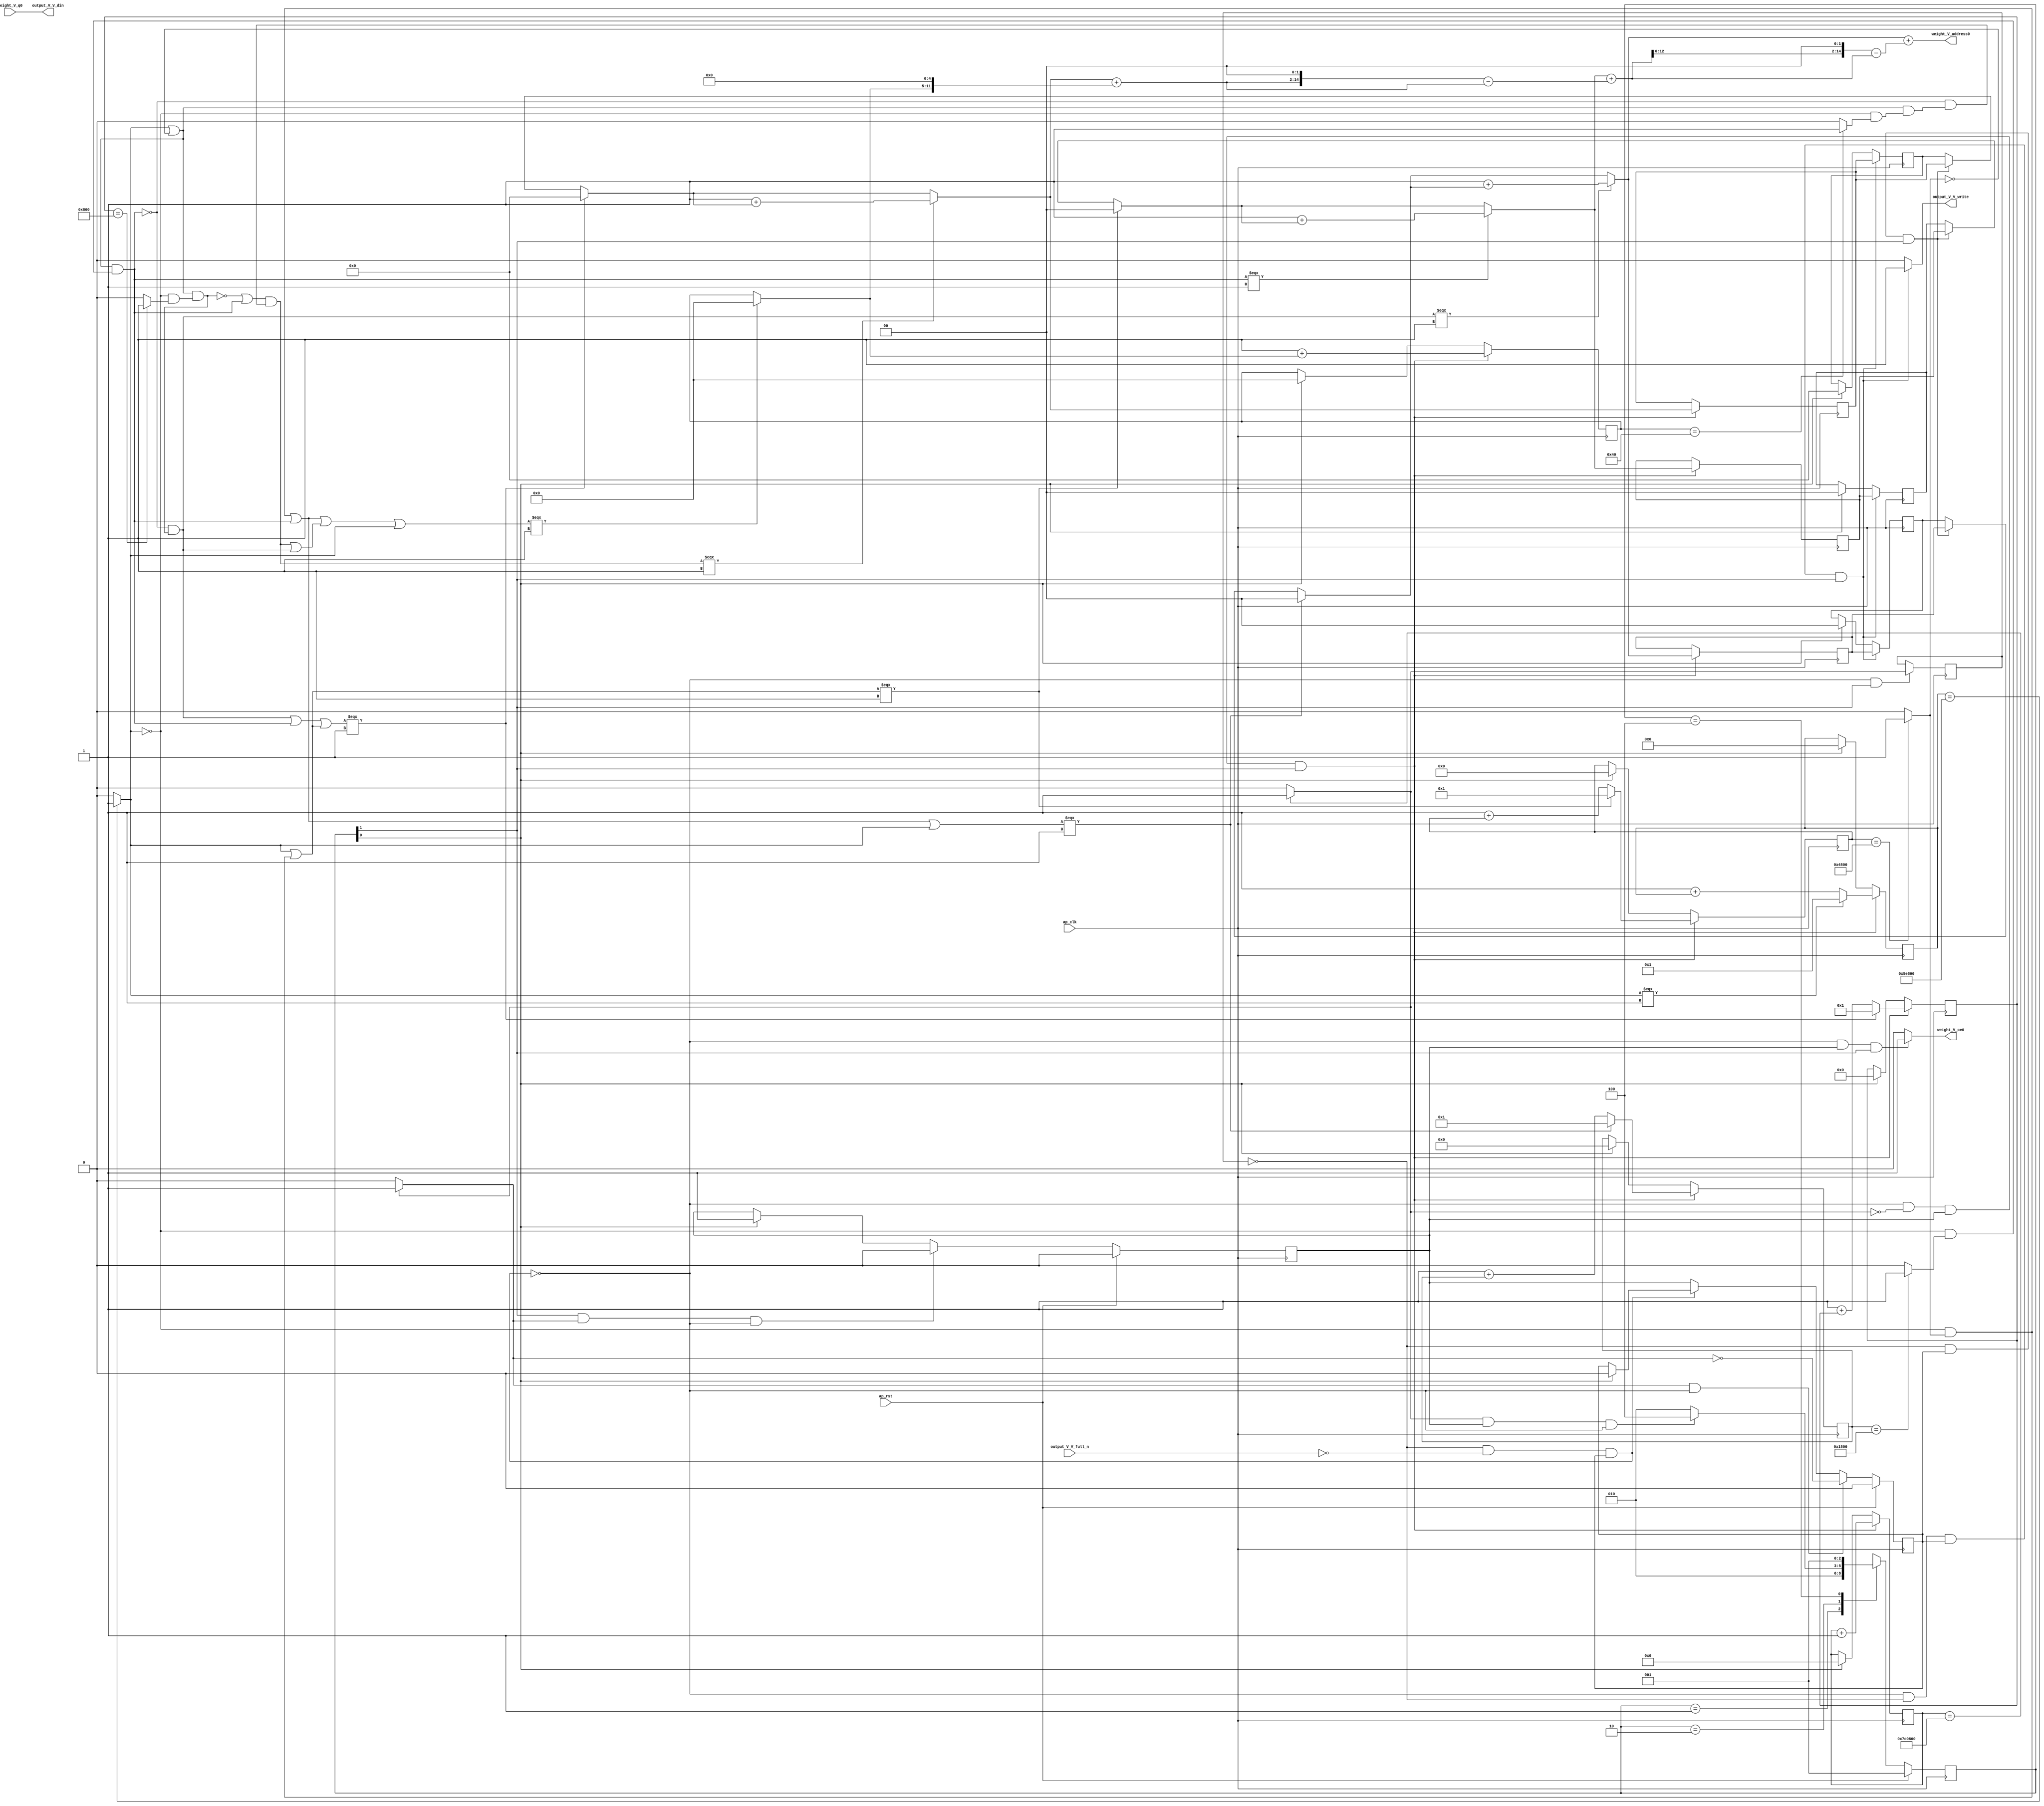
// ==============================================================
// RTL generated by Vivado(TM) HLS - High-Level Synthesis from C, C++ and SystemC
// Version: 2017.4
// Copyright (C) 1986-2017 Xilinx, Inc. All Rights Reserved.
// 
// ===========================================================

`timescale 1 ns / 1 ps 

(* CORE_GENERATION_INFO="weight_s_19,hls_ip_2017_4,{HLS_INPUT_TYPE=cxx,HLS_INPUT_FLOAT=0,HLS_INPUT_FIXED=1,HLS_INPUT_PART=xczu9eg-ffvb1156-2-e,HLS_INPUT_CLOCK=10.000000,HLS_INPUT_ARCH=others,HLS_SYN_CLOCK=8.345250,HLS_SYN_LAT=8128514,HLS_SYN_TPT=none,HLS_SYN_MEM=0,HLS_SYN_DSP=0,HLS_SYN_FF=118,HLS_SYN_LUT=836}" *)

module weight_s_19 (
        ap_clk,
        ap_rst,
        output_V_V_din,
        output_V_V_full_n,
        output_V_V_write,
        weight_V_address0,
        weight_V_ce0,
        weight_V_q0
);

parameter    ap_ST_fsm_state1 = 3'd1;
parameter    ap_ST_fsm_pp0_stage0 = 3'd2;
parameter    ap_ST_fsm_state4 = 3'd4;

input   ap_clk;
input   ap_rst;
output  [7:0] output_V_V_din;
input   output_V_V_full_n;
output   output_V_V_write;
output  [14:0] weight_V_address0;
output   weight_V_ce0;
input  [7:0] weight_V_q0;

reg output_V_V_write;
reg weight_V_ce0;

reg    output_V_V_blk_n;
(* fsm_encoding = "none" *) reg   [2:0] ap_CS_fsm;
wire    ap_CS_fsm_pp0_stage0;
reg    ap_enable_reg_pp0_iter1;
wire    ap_block_pp0_stage0;
reg   [0:0] exitcond_flatten4_reg_642;
reg   [22:0] indvar_flatten1_reg_130;
reg   [19:0] indvar_flatten2_reg_141;
reg   [14:0] indvar_flatten3_reg_152;
reg   [1:0] hkern_reg_163;
reg   [13:0] indvar_flatten4_reg_174;
reg   [1:0] wkern_reg_185;
reg   [12:0] indvar_flatten_reg_196;
reg   [5:0] pkern_reg_207;
reg   [6:0] pout_reg_218;
wire   [0:0] exitcond_flatten4_fu_229_p2;
wire    ap_block_state2_pp0_stage0_iter0;
reg    ap_block_state3_pp0_stage0_iter1;
reg    ap_block_pp0_stage0_11001;
wire   [22:0] indvar_flatten_next4_fu_235_p2;
reg    ap_enable_reg_pp0_iter0;
wire   [1:0] tmp_mid2_fu_371_p3;
reg   [1:0] tmp_mid2_reg_651;
wire   [1:0] tmp_2_mid2_fu_427_p3;
reg   [1:0] tmp_2_mid2_reg_656;
wire   [5:0] tmp_4_mid2_fu_489_p3;
reg   [5:0] tmp_4_mid2_reg_661;
wire   [6:0] pout_1_fu_580_p2;
wire   [12:0] indvar_flatten_next_fu_592_p3;
wire   [13:0] indvar_flatten_next1_fu_606_p3;
wire   [14:0] indvar_flatten_next2_fu_620_p3;
wire   [19:0] indvar_flatten_next3_fu_634_p3;
wire    ap_CS_fsm_state1;
reg    ap_block_pp0_stage0_subdone;
reg    ap_condition_pp0_exit_iter0_state2;
reg   [1:0] ap_phi_mux_hkern_phi_fu_167_p4;
reg   [1:0] ap_phi_mux_wkern_phi_fu_189_p4;
reg   [5:0] ap_phi_mux_pkern_phi_fu_211_p4;
wire   [63:0] tmp_22_cast_fu_575_p1;
reg    ap_block_pp0_stage0_01001;
wire   [0:0] exitcond_flatten_fu_241_p2;
wire   [0:0] exitcond_fu_253_p2;
wire   [0:0] not_exitcond_flatten_fu_247_p2;
wire   [0:0] exitcond_flatten1_fu_265_p2;
wire   [0:0] exitcond_flatten2_fu_277_p2;
wire   [0:0] exitcond_flatten3_fu_289_p2;
wire   [0:0] exitcond_flatten39_m_fu_295_p2;
wire   [0:0] tmp_3_fu_301_p2;
wire   [0:0] exitcond_flatten39_n_fu_315_p2;
wire   [0:0] exitcond_mid_fu_259_p2;
wire   [0:0] not_exitcond_flatten_1_fu_321_p2;
wire   [0:0] exitcond_flatten_mid_fu_271_p2;
wire   [0:0] exitcond_flatten15_m_fu_283_p2;
wire   [1:0] hkern_mid_fu_307_p3;
wire   [0:0] exitcond_flatten15_m_1_fu_339_p2;
wire   [0:0] tmp_8_fu_351_p2;
wire   [0:0] tmp_fu_357_p2;
wire   [1:0] hkern_1_fu_345_p2;
wire   [0:0] exitcond_mid1_fu_327_p2;
wire   [0:0] not_exitcond_flatten_2_fu_383_p2;
wire   [0:0] exitcond_flatten_mid_3_fu_333_p2;
wire   [1:0] wkern_mid1_fu_363_p3;
wire   [0:0] exitcond_flatten_mid_4_fu_395_p2;
wire   [0:0] tmp_s_fu_407_p2;
wire   [0:0] tmp_2_fu_413_p2;
wire   [1:0] wkern_1_fu_401_p2;
wire   [0:0] exitcond_flatten_mid_5_fu_439_p2;
wire   [0:0] exitcond_mid2_fu_389_p2;
wire   [0:0] not_exitcond_flatten_3_fu_445_p2;
wire   [5:0] pkern_mid1_fu_419_p3;
wire   [0:0] exitcond_mid3_fu_451_p2;
wire   [0:0] tmp_4_fu_463_p2;
wire   [0:0] tmp_5_fu_469_p2;
wire   [0:0] tmp_6_fu_475_p2;
wire   [5:0] pkern_1_fu_457_p2;
wire   [6:0] pout_mid2_fu_481_p3;
wire   [11:0] tmp_7_fu_501_p3;
wire   [12:0] tmp_4_mid2_cast_fu_497_p1;
wire   [12:0] tmp_15_cast_fu_509_p1;
wire   [12:0] tmp_9_fu_513_p2;
wire   [14:0] tmp_10_fu_523_p3;
wire   [63:0] p_shl9_fu_531_p1;
wire   [63:0] tmp_16_cast_fu_519_p1;
wire   [63:0] tmp_mid2_cast_fu_379_p1;
wire   [63:0] tmp_11_fu_535_p2;
wire   [63:0] tmp_12_fu_541_p2;
wire   [13:0] tmp_14_fu_551_p1;
wire   [15:0] p_shl_cast_fu_555_p3;
wire   [15:0] tmp_13_fu_547_p1;
wire   [15:0] tmp_2_mid2_cast_fu_435_p1;
wire   [15:0] tmp_15_fu_563_p2;
wire   [15:0] tmp_16_fu_569_p2;
wire   [12:0] indvar_flatten_op_fu_586_p2;
wire   [13:0] indvar_flatten13_op_fu_600_p2;
wire   [14:0] indvar_flatten37_op_fu_614_p2;
wire   [19:0] indvar_flatten71_op_fu_628_p2;
reg   [2:0] ap_NS_fsm;
reg    ap_idle_pp0;
wire    ap_enable_pp0;

// power-on initialization
initial begin
#0 ap_CS_fsm = 3'd1;
#0 ap_enable_reg_pp0_iter1 = 1'b0;
#0 ap_enable_reg_pp0_iter0 = 1'b0;
end

always @ (posedge ap_clk) begin
    if (ap_rst == 1'b1) begin
        ap_CS_fsm <= ap_ST_fsm_state1;
    end else begin
        ap_CS_fsm <= ap_NS_fsm;
    end
end

always @ (posedge ap_clk) begin
    if (ap_rst == 1'b1) begin
        ap_enable_reg_pp0_iter0 <= 1'b0;
    end else begin
        if (((1'b1 == ap_CS_fsm_pp0_stage0) & (1'b1 == ap_condition_pp0_exit_iter0_state2) & (1'b0 == ap_block_pp0_stage0_subdone))) begin
            ap_enable_reg_pp0_iter0 <= 1'b0;
        end else if ((1'b1 == ap_CS_fsm_state1)) begin
            ap_enable_reg_pp0_iter0 <= 1'b1;
        end
    end
end

always @ (posedge ap_clk) begin
    if (ap_rst == 1'b1) begin
        ap_enable_reg_pp0_iter1 <= 1'b0;
    end else begin
        if (((1'b1 == ap_condition_pp0_exit_iter0_state2) & (1'b0 == ap_block_pp0_stage0_subdone))) begin
            ap_enable_reg_pp0_iter1 <= (1'b1 ^ ap_condition_pp0_exit_iter0_state2);
        end else if ((1'b0 == ap_block_pp0_stage0_subdone)) begin
            ap_enable_reg_pp0_iter1 <= ap_enable_reg_pp0_iter0;
        end else if ((1'b1 == ap_CS_fsm_state1)) begin
            ap_enable_reg_pp0_iter1 <= 1'b0;
        end
    end
end

always @ (posedge ap_clk) begin
    if (((1'b0 == ap_block_pp0_stage0_11001) & (exitcond_flatten4_reg_642 == 1'd0) & (ap_enable_reg_pp0_iter1 == 1'b1) & (1'b1 == ap_CS_fsm_pp0_stage0))) begin
        hkern_reg_163 <= tmp_mid2_reg_651;
    end else if ((1'b1 == ap_CS_fsm_state1)) begin
        hkern_reg_163 <= 2'd0;
    end
end

always @ (posedge ap_clk) begin
    if (((1'b0 == ap_block_pp0_stage0_11001) & (exitcond_flatten4_fu_229_p2 == 1'd0) & (ap_enable_reg_pp0_iter0 == 1'b1) & (1'b1 == ap_CS_fsm_pp0_stage0))) begin
        indvar_flatten1_reg_130 <= indvar_flatten_next4_fu_235_p2;
    end else if ((1'b1 == ap_CS_fsm_state1)) begin
        indvar_flatten1_reg_130 <= 23'd0;
    end
end

always @ (posedge ap_clk) begin
    if (((1'b0 == ap_block_pp0_stage0_11001) & (exitcond_flatten4_fu_229_p2 == 1'd0) & (ap_enable_reg_pp0_iter0 == 1'b1) & (1'b1 == ap_CS_fsm_pp0_stage0))) begin
        indvar_flatten2_reg_141 <= indvar_flatten_next3_fu_634_p3;
    end else if ((1'b1 == ap_CS_fsm_state1)) begin
        indvar_flatten2_reg_141 <= 20'd0;
    end
end

always @ (posedge ap_clk) begin
    if (((1'b0 == ap_block_pp0_stage0_11001) & (exitcond_flatten4_fu_229_p2 == 1'd0) & (ap_enable_reg_pp0_iter0 == 1'b1) & (1'b1 == ap_CS_fsm_pp0_stage0))) begin
        indvar_flatten3_reg_152 <= indvar_flatten_next2_fu_620_p3;
    end else if ((1'b1 == ap_CS_fsm_state1)) begin
        indvar_flatten3_reg_152 <= 15'd0;
    end
end

always @ (posedge ap_clk) begin
    if (((1'b0 == ap_block_pp0_stage0_11001) & (exitcond_flatten4_fu_229_p2 == 1'd0) & (ap_enable_reg_pp0_iter0 == 1'b1) & (1'b1 == ap_CS_fsm_pp0_stage0))) begin
        indvar_flatten4_reg_174 <= indvar_flatten_next1_fu_606_p3;
    end else if ((1'b1 == ap_CS_fsm_state1)) begin
        indvar_flatten4_reg_174 <= 14'd0;
    end
end

always @ (posedge ap_clk) begin
    if (((1'b0 == ap_block_pp0_stage0_11001) & (exitcond_flatten4_fu_229_p2 == 1'd0) & (ap_enable_reg_pp0_iter0 == 1'b1) & (1'b1 == ap_CS_fsm_pp0_stage0))) begin
        indvar_flatten_reg_196 <= indvar_flatten_next_fu_592_p3;
    end else if ((1'b1 == ap_CS_fsm_state1)) begin
        indvar_flatten_reg_196 <= 13'd0;
    end
end

always @ (posedge ap_clk) begin
    if (((1'b0 == ap_block_pp0_stage0_11001) & (exitcond_flatten4_reg_642 == 1'd0) & (ap_enable_reg_pp0_iter1 == 1'b1) & (1'b1 == ap_CS_fsm_pp0_stage0))) begin
        pkern_reg_207 <= tmp_4_mid2_reg_661;
    end else if ((1'b1 == ap_CS_fsm_state1)) begin
        pkern_reg_207 <= 6'd0;
    end
end

always @ (posedge ap_clk) begin
    if (((1'b0 == ap_block_pp0_stage0_11001) & (exitcond_flatten4_fu_229_p2 == 1'd0) & (ap_enable_reg_pp0_iter0 == 1'b1) & (1'b1 == ap_CS_fsm_pp0_stage0))) begin
        pout_reg_218 <= pout_1_fu_580_p2;
    end else if ((1'b1 == ap_CS_fsm_state1)) begin
        pout_reg_218 <= 7'd0;
    end
end

always @ (posedge ap_clk) begin
    if (((1'b0 == ap_block_pp0_stage0_11001) & (exitcond_flatten4_reg_642 == 1'd0) & (ap_enable_reg_pp0_iter1 == 1'b1) & (1'b1 == ap_CS_fsm_pp0_stage0))) begin
        wkern_reg_185 <= tmp_2_mid2_reg_656;
    end else if ((1'b1 == ap_CS_fsm_state1)) begin
        wkern_reg_185 <= 2'd0;
    end
end

always @ (posedge ap_clk) begin
    if (((1'b0 == ap_block_pp0_stage0_11001) & (1'b1 == ap_CS_fsm_pp0_stage0))) begin
        exitcond_flatten4_reg_642 <= exitcond_flatten4_fu_229_p2;
    end
end

always @ (posedge ap_clk) begin
    if (((1'b0 == ap_block_pp0_stage0_11001) & (exitcond_flatten4_fu_229_p2 == 1'd0) & (ap_enable_reg_pp0_iter0 == 1'b1) & (1'b1 == ap_CS_fsm_pp0_stage0))) begin
        tmp_2_mid2_reg_656 <= tmp_2_mid2_fu_427_p3;
        tmp_4_mid2_reg_661 <= tmp_4_mid2_fu_489_p3;
        tmp_mid2_reg_651 <= tmp_mid2_fu_371_p3;
    end
end

always @ (*) begin
    if ((exitcond_flatten4_fu_229_p2 == 1'd1)) begin
        ap_condition_pp0_exit_iter0_state2 = 1'b1;
    end else begin
        ap_condition_pp0_exit_iter0_state2 = 1'b0;
    end
end

always @ (*) begin
    if (((ap_enable_reg_pp0_iter0 == 1'b0) & (ap_enable_reg_pp0_iter1 == 1'b0))) begin
        ap_idle_pp0 = 1'b1;
    end else begin
        ap_idle_pp0 = 1'b0;
    end
end

always @ (*) begin
    if (((exitcond_flatten4_reg_642 == 1'd0) & (1'b0 == ap_block_pp0_stage0) & (ap_enable_reg_pp0_iter1 == 1'b1) & (1'b1 == ap_CS_fsm_pp0_stage0))) begin
        ap_phi_mux_hkern_phi_fu_167_p4 = tmp_mid2_reg_651;
    end else begin
        ap_phi_mux_hkern_phi_fu_167_p4 = hkern_reg_163;
    end
end

always @ (*) begin
    if (((exitcond_flatten4_reg_642 == 1'd0) & (1'b0 == ap_block_pp0_stage0) & (ap_enable_reg_pp0_iter1 == 1'b1) & (1'b1 == ap_CS_fsm_pp0_stage0))) begin
        ap_phi_mux_pkern_phi_fu_211_p4 = tmp_4_mid2_reg_661;
    end else begin
        ap_phi_mux_pkern_phi_fu_211_p4 = pkern_reg_207;
    end
end

always @ (*) begin
    if (((exitcond_flatten4_reg_642 == 1'd0) & (1'b0 == ap_block_pp0_stage0) & (ap_enable_reg_pp0_iter1 == 1'b1) & (1'b1 == ap_CS_fsm_pp0_stage0))) begin
        ap_phi_mux_wkern_phi_fu_189_p4 = tmp_2_mid2_reg_656;
    end else begin
        ap_phi_mux_wkern_phi_fu_189_p4 = wkern_reg_185;
    end
end

always @ (*) begin
    if (((exitcond_flatten4_reg_642 == 1'd0) & (1'b0 == ap_block_pp0_stage0) & (ap_enable_reg_pp0_iter1 == 1'b1) & (1'b1 == ap_CS_fsm_pp0_stage0))) begin
        output_V_V_blk_n = output_V_V_full_n;
    end else begin
        output_V_V_blk_n = 1'b1;
    end
end

always @ (*) begin
    if (((1'b0 == ap_block_pp0_stage0_11001) & (exitcond_flatten4_reg_642 == 1'd0) & (ap_enable_reg_pp0_iter1 == 1'b1) & (1'b1 == ap_CS_fsm_pp0_stage0))) begin
        output_V_V_write = 1'b1;
    end else begin
        output_V_V_write = 1'b0;
    end
end

always @ (*) begin
    if (((1'b0 == ap_block_pp0_stage0_11001) & (ap_enable_reg_pp0_iter0 == 1'b1) & (1'b1 == ap_CS_fsm_pp0_stage0))) begin
        weight_V_ce0 = 1'b1;
    end else begin
        weight_V_ce0 = 1'b0;
    end
end

always @ (*) begin
    case (ap_CS_fsm)
        ap_ST_fsm_state1 : begin
            ap_NS_fsm = ap_ST_fsm_pp0_stage0;
        end
        ap_ST_fsm_pp0_stage0 : begin
            if (~((exitcond_flatten4_fu_229_p2 == 1'd1) & (ap_enable_reg_pp0_iter0 == 1'b1) & (1'b0 == ap_block_pp0_stage0_subdone))) begin
                ap_NS_fsm = ap_ST_fsm_pp0_stage0;
            end else if (((exitcond_flatten4_fu_229_p2 == 1'd1) & (ap_enable_reg_pp0_iter0 == 1'b1) & (1'b0 == ap_block_pp0_stage0_subdone))) begin
                ap_NS_fsm = ap_ST_fsm_state4;
            end else begin
                ap_NS_fsm = ap_ST_fsm_pp0_stage0;
            end
        end
        ap_ST_fsm_state4 : begin
            ap_NS_fsm = ap_ST_fsm_state1;
        end
        default : begin
            ap_NS_fsm = 'bx;
        end
    endcase
end

assign ap_CS_fsm_pp0_stage0 = ap_CS_fsm[32'd1];

assign ap_CS_fsm_state1 = ap_CS_fsm[32'd0];

assign ap_block_pp0_stage0 = ~(1'b1 == 1'b1);

always @ (*) begin
    ap_block_pp0_stage0_01001 = ((exitcond_flatten4_reg_642 == 1'd0) & (output_V_V_full_n == 1'b0) & (ap_enable_reg_pp0_iter1 == 1'b1));
end

always @ (*) begin
    ap_block_pp0_stage0_11001 = ((exitcond_flatten4_reg_642 == 1'd0) & (output_V_V_full_n == 1'b0) & (ap_enable_reg_pp0_iter1 == 1'b1));
end

always @ (*) begin
    ap_block_pp0_stage0_subdone = ((exitcond_flatten4_reg_642 == 1'd0) & (output_V_V_full_n == 1'b0) & (ap_enable_reg_pp0_iter1 == 1'b1));
end

assign ap_block_state2_pp0_stage0_iter0 = ~(1'b1 == 1'b1);

always @ (*) begin
    ap_block_state3_pp0_stage0_iter1 = ((exitcond_flatten4_reg_642 == 1'd0) & (output_V_V_full_n == 1'b0));
end

assign ap_enable_pp0 = (ap_idle_pp0 ^ 1'b1);

assign exitcond_flatten15_m_1_fu_339_p2 = (not_exitcond_flatten_1_fu_321_p2 & exitcond_flatten15_m_fu_283_p2);

assign exitcond_flatten15_m_fu_283_p2 = (not_exitcond_flatten_fu_247_p2 & exitcond_flatten2_fu_277_p2);

assign exitcond_flatten1_fu_265_p2 = ((indvar_flatten_reg_196 == 13'd2048) ? 1'b1 : 1'b0);

assign exitcond_flatten2_fu_277_p2 = ((indvar_flatten4_reg_174 == 14'd6144) ? 1'b1 : 1'b0);

assign exitcond_flatten39_m_fu_295_p2 = (not_exitcond_flatten_fu_247_p2 & exitcond_flatten3_fu_289_p2);

assign exitcond_flatten39_n_fu_315_p2 = (exitcond_flatten3_fu_289_p2 ^ 1'd1);

assign exitcond_flatten3_fu_289_p2 = ((indvar_flatten3_reg_152 == 15'd18432) ? 1'b1 : 1'b0);

assign exitcond_flatten4_fu_229_p2 = ((indvar_flatten1_reg_130 == 23'd8128512) ? 1'b1 : 1'b0);

assign exitcond_flatten_fu_241_p2 = ((indvar_flatten2_reg_141 == 20'd387072) ? 1'b1 : 1'b0);

assign exitcond_flatten_mid_3_fu_333_p2 = (not_exitcond_flatten_1_fu_321_p2 & exitcond_flatten_mid_fu_271_p2);

assign exitcond_flatten_mid_4_fu_395_p2 = (not_exitcond_flatten_2_fu_383_p2 & exitcond_flatten_mid_3_fu_333_p2);

assign exitcond_flatten_mid_5_fu_439_p2 = (exitcond_flatten_mid_3_fu_333_p2 ^ 1'd1);

assign exitcond_flatten_mid_fu_271_p2 = (not_exitcond_flatten_fu_247_p2 & exitcond_flatten1_fu_265_p2);

assign exitcond_fu_253_p2 = ((pout_reg_218 == 7'd64) ? 1'b1 : 1'b0);

assign exitcond_mid1_fu_327_p2 = (not_exitcond_flatten_1_fu_321_p2 & exitcond_mid_fu_259_p2);

assign exitcond_mid2_fu_389_p2 = (not_exitcond_flatten_2_fu_383_p2 & exitcond_mid1_fu_327_p2);

assign exitcond_mid3_fu_451_p2 = (not_exitcond_flatten_3_fu_445_p2 & exitcond_mid2_fu_389_p2);

assign exitcond_mid_fu_259_p2 = (not_exitcond_flatten_fu_247_p2 & exitcond_fu_253_p2);

assign hkern_1_fu_345_p2 = (2'd1 + hkern_mid_fu_307_p3);

assign hkern_mid_fu_307_p3 = ((tmp_3_fu_301_p2[0:0] === 1'b1) ? 2'd0 : ap_phi_mux_hkern_phi_fu_167_p4);

assign indvar_flatten13_op_fu_600_p2 = (14'd1 + indvar_flatten4_reg_174);

assign indvar_flatten37_op_fu_614_p2 = (15'd1 + indvar_flatten3_reg_152);

assign indvar_flatten71_op_fu_628_p2 = (20'd1 + indvar_flatten2_reg_141);

assign indvar_flatten_next1_fu_606_p3 = ((tmp_fu_357_p2[0:0] === 1'b1) ? 14'd1 : indvar_flatten13_op_fu_600_p2);

assign indvar_flatten_next2_fu_620_p3 = ((tmp_3_fu_301_p2[0:0] === 1'b1) ? 15'd1 : indvar_flatten37_op_fu_614_p2);

assign indvar_flatten_next3_fu_634_p3 = ((exitcond_flatten_fu_241_p2[0:0] === 1'b1) ? 20'd1 : indvar_flatten71_op_fu_628_p2);

assign indvar_flatten_next4_fu_235_p2 = (indvar_flatten1_reg_130 + 23'd1);

assign indvar_flatten_next_fu_592_p3 = ((tmp_2_fu_413_p2[0:0] === 1'b1) ? 13'd1 : indvar_flatten_op_fu_586_p2);

assign indvar_flatten_op_fu_586_p2 = (13'd1 + indvar_flatten_reg_196);

assign not_exitcond_flatten_1_fu_321_p2 = (exitcond_flatten_fu_241_p2 | exitcond_flatten39_n_fu_315_p2);

assign not_exitcond_flatten_2_fu_383_p2 = (exitcond_flatten15_m_1_fu_339_p2 ^ 1'd1);

assign not_exitcond_flatten_3_fu_445_p2 = (exitcond_flatten_mid_5_fu_439_p2 | exitcond_flatten15_m_1_fu_339_p2);

assign not_exitcond_flatten_fu_247_p2 = (exitcond_flatten_fu_241_p2 ^ 1'd1);

assign output_V_V_din = weight_V_q0;

assign p_shl9_fu_531_p1 = tmp_10_fu_523_p3;

assign p_shl_cast_fu_555_p3 = {{tmp_14_fu_551_p1}, {2'd0}};

assign pkern_1_fu_457_p2 = (6'd1 + pkern_mid1_fu_419_p3);

assign pkern_mid1_fu_419_p3 = ((tmp_2_fu_413_p2[0:0] === 1'b1) ? 6'd0 : ap_phi_mux_pkern_phi_fu_211_p4);

assign pout_1_fu_580_p2 = (7'd1 + pout_mid2_fu_481_p3);

assign pout_mid2_fu_481_p3 = ((tmp_6_fu_475_p2[0:0] === 1'b1) ? 7'd0 : pout_reg_218);

assign tmp_10_fu_523_p3 = {{tmp_9_fu_513_p2}, {2'd0}};

assign tmp_11_fu_535_p2 = (p_shl9_fu_531_p1 - tmp_16_cast_fu_519_p1);

assign tmp_12_fu_541_p2 = (tmp_mid2_cast_fu_379_p1 + tmp_11_fu_535_p2);

assign tmp_13_fu_547_p1 = tmp_12_fu_541_p2[15:0];

assign tmp_14_fu_551_p1 = tmp_12_fu_541_p2[13:0];

assign tmp_15_cast_fu_509_p1 = tmp_7_fu_501_p3;

assign tmp_15_fu_563_p2 = (p_shl_cast_fu_555_p3 - tmp_13_fu_547_p1);

assign tmp_16_cast_fu_519_p1 = tmp_9_fu_513_p2;

assign tmp_16_fu_569_p2 = (tmp_2_mid2_cast_fu_435_p1 + tmp_15_fu_563_p2);

assign tmp_22_cast_fu_575_p1 = tmp_16_fu_569_p2;

assign tmp_2_fu_413_p2 = (tmp_s_fu_407_p2 | tmp_3_fu_301_p2);

assign tmp_2_mid2_cast_fu_435_p1 = tmp_2_mid2_fu_427_p3;

assign tmp_2_mid2_fu_427_p3 = ((exitcond_flatten_mid_4_fu_395_p2[0:0] === 1'b1) ? wkern_1_fu_401_p2 : wkern_mid1_fu_363_p3);

assign tmp_3_fu_301_p2 = (exitcond_flatten_fu_241_p2 | exitcond_flatten39_m_fu_295_p2);

assign tmp_4_fu_463_p2 = (exitcond_mid3_fu_451_p2 | exitcond_flatten_mid_4_fu_395_p2);

assign tmp_4_mid2_cast_fu_497_p1 = tmp_4_mid2_fu_489_p3;

assign tmp_4_mid2_fu_489_p3 = ((exitcond_mid3_fu_451_p2[0:0] === 1'b1) ? pkern_1_fu_457_p2 : pkern_mid1_fu_419_p3);

assign tmp_5_fu_469_p2 = (tmp_8_fu_351_p2 | tmp_4_fu_463_p2);

assign tmp_6_fu_475_p2 = (tmp_5_fu_469_p2 | exitcond_flatten_fu_241_p2);

assign tmp_7_fu_501_p3 = {{pout_mid2_fu_481_p3}, {5'd0}};

assign tmp_8_fu_351_p2 = (exitcond_flatten39_m_fu_295_p2 | exitcond_flatten15_m_1_fu_339_p2);

assign tmp_9_fu_513_p2 = (tmp_4_mid2_cast_fu_497_p1 + tmp_15_cast_fu_509_p1);

assign tmp_fu_357_p2 = (tmp_8_fu_351_p2 | exitcond_flatten_fu_241_p2);

assign tmp_mid2_cast_fu_379_p1 = tmp_mid2_fu_371_p3;

assign tmp_mid2_fu_371_p3 = ((exitcond_flatten15_m_1_fu_339_p2[0:0] === 1'b1) ? hkern_1_fu_345_p2 : hkern_mid_fu_307_p3);

assign tmp_s_fu_407_p2 = (exitcond_flatten_mid_4_fu_395_p2 | exitcond_flatten15_m_1_fu_339_p2);

assign weight_V_address0 = tmp_22_cast_fu_575_p1;

assign wkern_1_fu_401_p2 = (2'd1 + wkern_mid1_fu_363_p3);

assign wkern_mid1_fu_363_p3 = ((tmp_fu_357_p2[0:0] === 1'b1) ? 2'd0 : ap_phi_mux_wkern_phi_fu_189_p4);

endmodule //weight_s_19